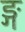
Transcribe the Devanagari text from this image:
ङ्ग